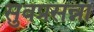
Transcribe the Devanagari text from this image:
सुवप्रसन्ना